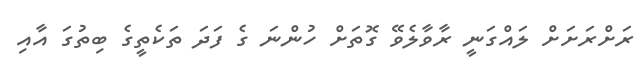
ރަށްރަށަށް ލައްގަނީ ރާވާލެވޭ ގޮތަށް ހުންނަ ގެ ފަދަ ތަކެތީގެ ބިތުގަ އާއި